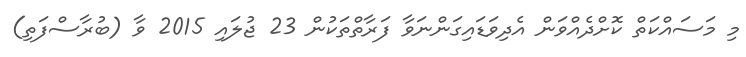
މި މަސައްކަތް ކޮށްދެއްވަން އެދިވަޑައިގަންނަވާ ފަރާތްތަކުން 23 ޖުލައި 2015 ވާ (ބުރާސްފަތި)